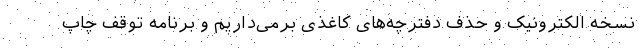
نسخه الکترونیک و حذف دفترچه‌های کاغذی برمی‌داریم و برنامه توقف چاپ